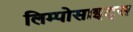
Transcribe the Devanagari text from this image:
लिम्पोसाइट्स